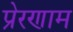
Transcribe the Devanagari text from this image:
प्रेरणाम